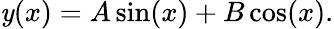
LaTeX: \mathit{y}(x)=A\sin(x)+B\cos(x).